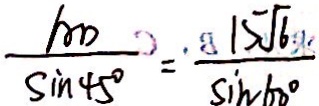
\frac { A D } { \sin 4 5 ^ { \circ } } = \frac { 1 5 \sqrt { 6 } } { \sin 6 0 ^ { \circ } }